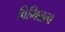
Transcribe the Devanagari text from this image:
विभिन्नत्व